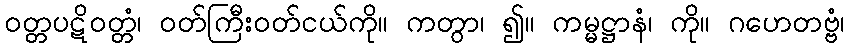
ဝတ္တပဋိဝတ္တံ၊ ဝတ်ကြီးဝတ်ငယ်ကို။ ကတွာ၊ ၍။ ကမ္မဋ္ဌာနံ၊ ကို။ ဂဟေတဗ္ဗံ၊